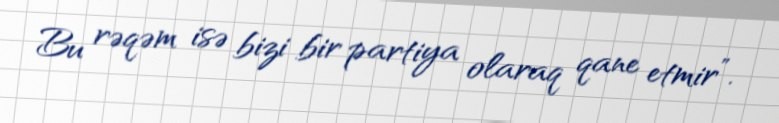
Bu rəqəm isə bizi bir partiya olaraq qane etmir”.